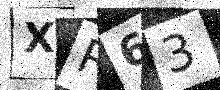
Text: XR63